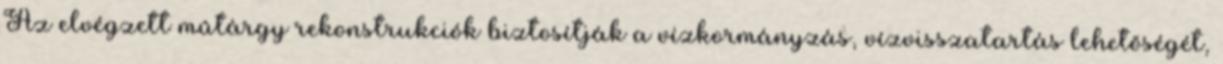
Az elvégzett mûtárgy rekonstrukciók biztosítják a vízkormányzás, vízvisszatartás lehetõségét,